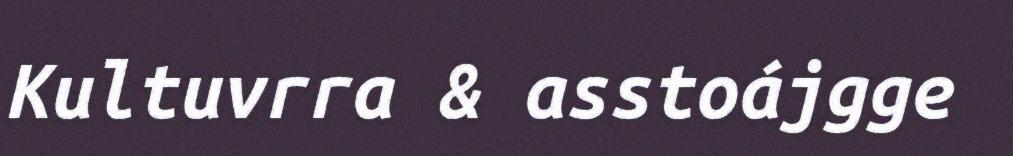
Kultuvrra & asstoájgge